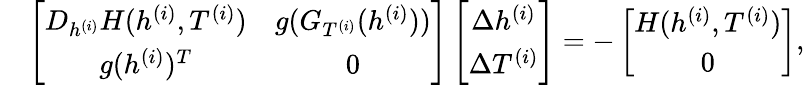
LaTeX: \begin{array}{rl}&{\left[\begin{array}{cc}{D_{h^{(i)}}H(h^{(i)},T^{(i)})}&{g(G_{T^{(i)}}(h^{(i)}))}\\ {g(h^{(i)})^{T}}&{0}\end{array}\right]\left[\begin{array}{c}{\Delta h^{(i)}}\\ {\Delta T^{(i)}}\end{array}\right]=-\left[\begin{array}{c}{H(h^{(i)},T^{(i)})}\\ {0}\end{array}\right],}\end{array}